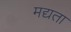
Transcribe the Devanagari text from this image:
मद्यता